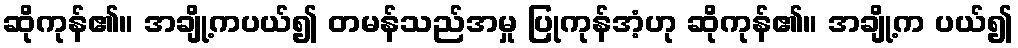
ဆိုကုန်၏။ အချို့ကပယ်၍ တမန်သည်အမှု ပြုကုန်အံ့ဟု ဆိုကုန်၏။ အချို့က ပယ်၍